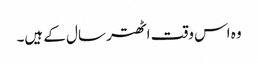
وہ اس وقت اٹھتر سال کے ہیں۔